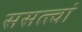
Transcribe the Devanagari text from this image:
ससत्त्वां